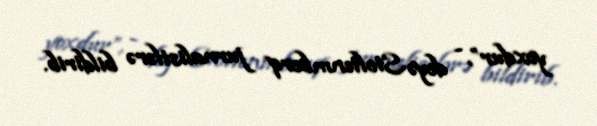
yoxdur”, - deyə Stoltenmberq jurnalistlərə bildirib.